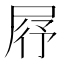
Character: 𡱣